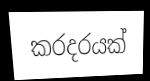
කරදරයක්